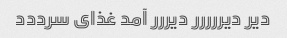
دیر دیررررر دیررر آمد غذای سرددد